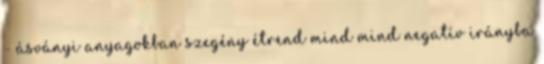
- ásványi anyagokban szegény étrend mind mind negatív irányba